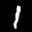
Label: 1